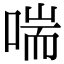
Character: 喘